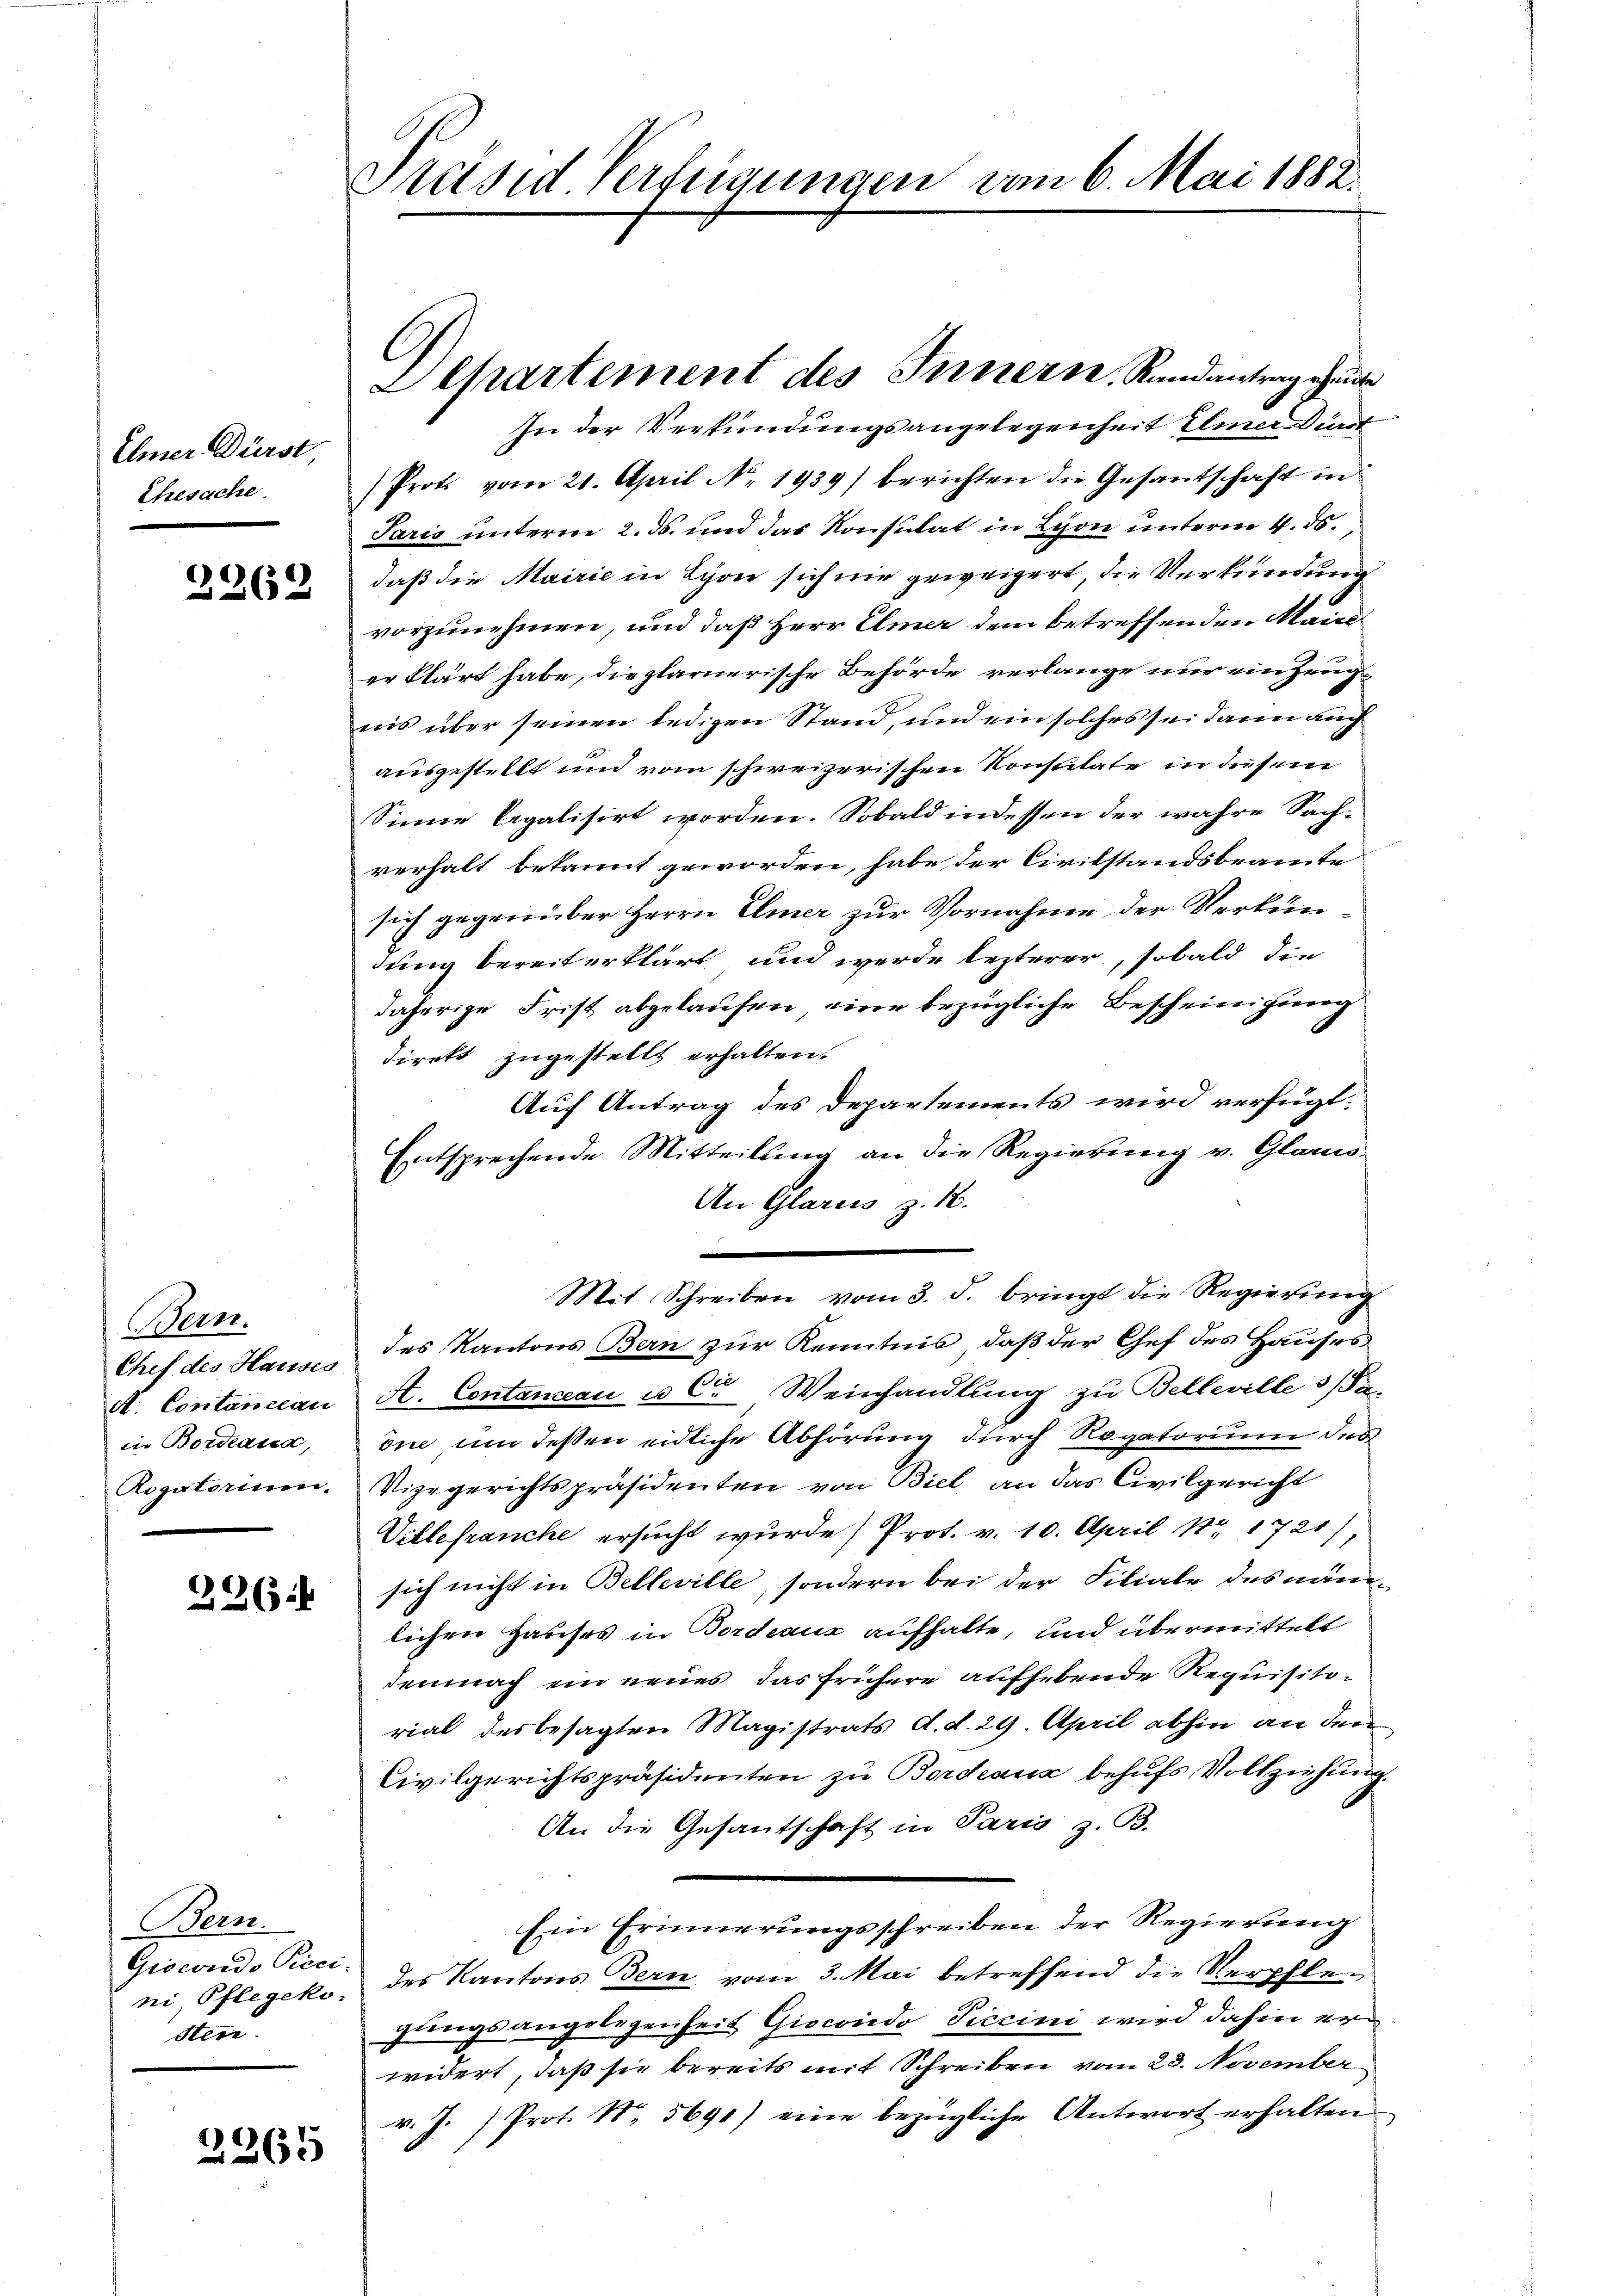
Ehner Dürst,
Ehesache.

2268

Bern.
Chef des Hauses
A. Contaniccau
in Bordeaux,
Rogatorinn-

226

Bern.
Giocredo Peci-
ni, Pflegeko
sten.

2265

Präsid Verfügungen von 6. Mai 1882.

C

Separtement des Innern, Randantrag heute
In der Verkündungsangelegenheit Emer-Durf
Prot vom 21. April N. 1939) berichten die Gesandschaft in
Paris unterm 2. ds. und das Konsulat in Lyon unterm 4. ds.
daß die Mairie in Lyon sich nie geweigert, die Verkundung
vorzunehmen, und daß Herr Elmer dem betreffenden Mainer klärt habe, die plarnerische Behörde verlange nur ein Zeug
nis über seinen ledigen Stand, und ein solches sei dann auch
ausgestellt und vom schweizerischen Konsulate in diesem
Sinne legalisirt worden. Sobald indessen der wahre Sachverhalt bekannt geworden, habe der Civilstandsbeamte
sich gegenüber Herrn Elmer zur Vornahme der Verkündung bereit erklärt und werde lezterer, sobald die
daherige Frist abgelaufen, eine bezügliche Bescheinigung
direkt zugestellt erhalten.
Auf Antrag des Departements wird verfügt:
Entsprechende Mitteilung an die Regierung v. Glarus
An Glarus z. 18.
Mit Schreiben vom 3. d. bringt die Regierung
des Kantons Bern zur Kenntnis, daß der Chef des Hauses
A. Contanzan u C. Weinhandlung zu Bellevilles a
one um deßen eidliche Abhörung durch Rogatorium des
Vizegerichtspräsidenten von Biel, an das Civilgericht
Vetlefranche ersucht wurde) Prot. v. 10. April 187. 1721)
sich nicht in Belleville, sondern bei der Filiale des nämlichen Hauses in Bordeaux aufhalte, und übermittelt
demnach ein neues, das frühere aufhebende Requisitorial des besagten Magistrats d. d. 29 April abhin an den
Civilgerichtspräsidenten zu Bordeaux behufs Vollziehung.
An die Gesantschaft in Paris z. B.
Ein Erinnerungsschreiben der Regierung
des Kantons Bern vom 3. Mai betreffend die Verpflegungsangelegenheit Giocoredo Piccini wird dahin erwidert, daß sie bereits mit Schreiben vom 23. November
v. J. Prot. N. 5691) eine bezügliche Antwort erhalten